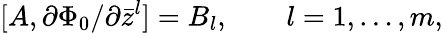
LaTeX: [A,\partial\Phi_{0}/\partial\bar{z}^{l}]=B_{l},\qquad l=1,\dots,m,